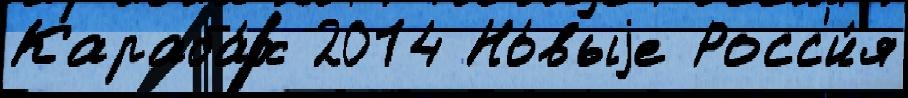
Караба́х 2014 Но́выjе Росс'и́я